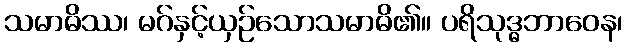
သမာဓိဿ၊ မဂ်နှင့်ယှဉ်သောသမာဓိ၏။ ပရိသုဒ္ဓဘာဝေန၊